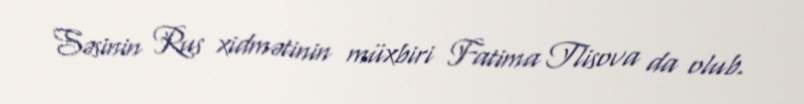
Səsinin Rus xidmətinin müxbiri Fatima Tlisova da olub.